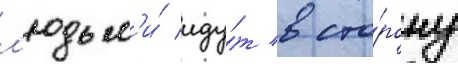
л'юдьм'и́ иду́т в сто́рону